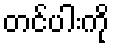
တင်ပါးကို